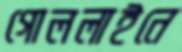
গোললাইনে